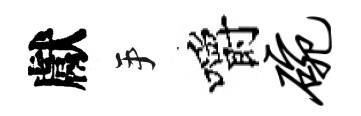
獻手嚼碗